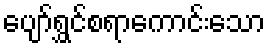
ပျော်ရွှင်စရာကောင်းသော